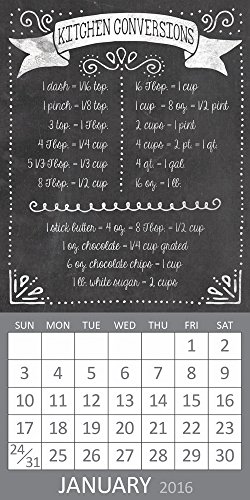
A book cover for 2016 Kitchen Conversions Magnetic Calendar; TF Publishing; Calendars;